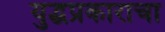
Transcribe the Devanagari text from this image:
युद्धप्रकाराचा